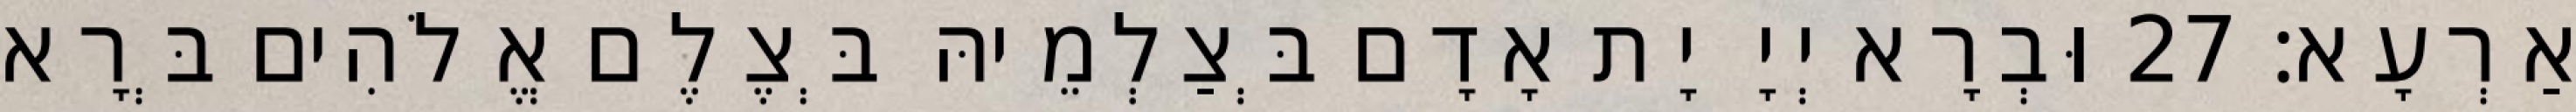
אַרְעָא׃ 27 וּבְרָא יְיָ יָת אָדָם בְּצַלְמֵיהּ בְּצֶלֶם אֱלֹהִים בְּרָא